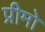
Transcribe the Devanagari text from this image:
प्रीमो